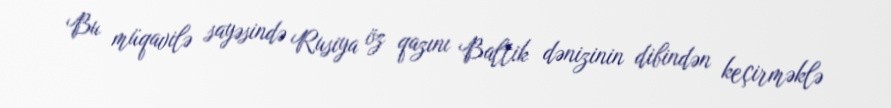
Bu müqavilə sayəsində Rusiya öz qazını Baltik dənizinin dibindən keçirməklə